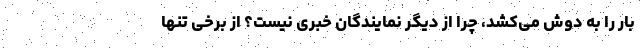
بار را به دوش می‌کشد، چرا از دیگر نمایندگان خبری نیست؟ از برخی تنها